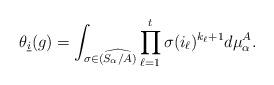
LaTeX: \begin{align*} \theta_{\underline{i}}(g) =\int_{\sigma \in \widehat{(S_{\alpha}/A)}}\prod_{\ell=1}^{t} \sigma(i_{\ell})^{k_{\ell} +1}d\mu^{A}_{\alpha}.\end{align*}